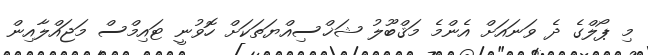
މި ޕޯލްގެ ދެ ވަނައަށް އެންމެ މަޤްބޫލު ޝަޚްސިއްޔަތަކަށް ހޮވުނީ ޓައިމްސް މަޖައްލާއިން